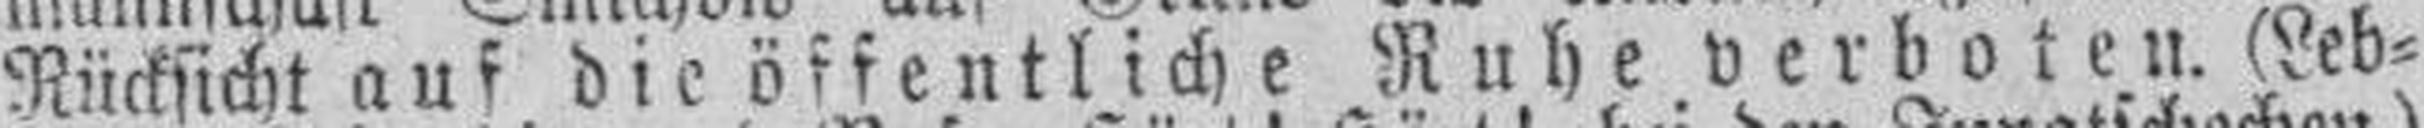
Rücksicht auf die öffentliche Ruhe verboten. (Leb¬